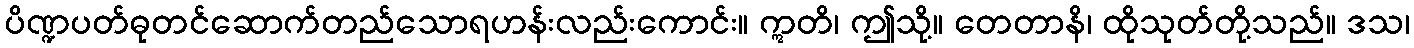
ပိဏ္ဍပတ်ဓုတင်ဆောက်တည်သောရဟန်းလည်းကောင်း။ ဣတိ၊ ဤသို့။ တေတာနိ၊ ထိုသုတ်တို့သည်။ ဒသ၊